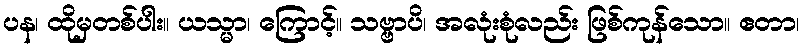
ပန၊ ထိုမှတစ်ပါး။ ယသ္မာ၊ ကြောင့်။ သဗ္ဗာပိ၊ အလုံးစုံလည်း ဖြစ်ကုန်သော။ ဧတာ၊